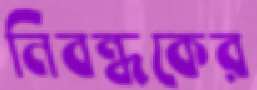
নিবন্ধকের